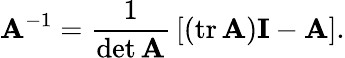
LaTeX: \mathbf{A}^{-1}={\frac{1}{\operatorname*{det}\mathbf{A}}}\left[\left(\operatorname{tr}\mathbf{A}\right)\mathbf{I}-\mathbf{A}\right].